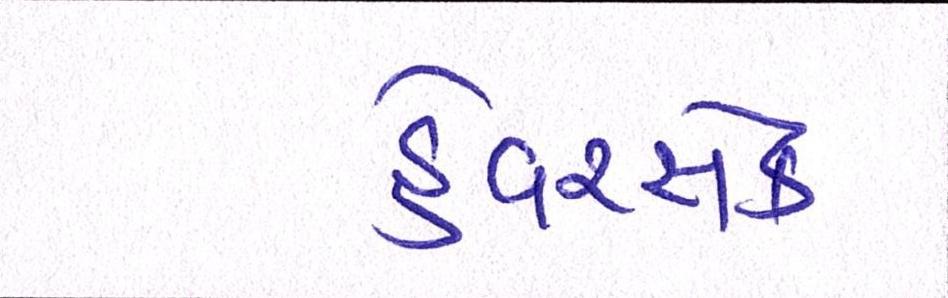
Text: હેવરસેક